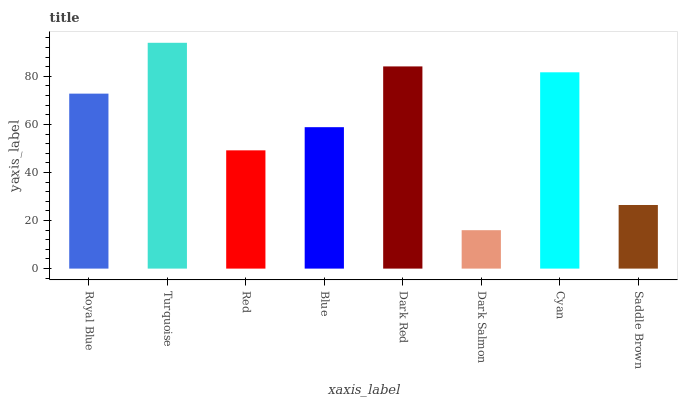
| xaxis_label | bars |
 | --- | --- |
 | Royal Blue | 72.8 |
 | Turquoise | 94 |
 | Red | 49.2 |
 | Blue | 58.9 |
 | Dark Red | 84.2 |
 | Dark Salmon | 16 |
 | Cyan | 81.7 |
 | Saddle Brown | 26.5 |